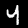
Label: 4